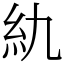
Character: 䊵